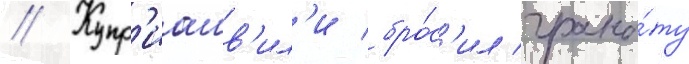
// Купр'иашв'ил'и бро́с'ил грана́ту